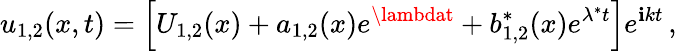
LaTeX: u_{1,2}(x,t)=\left[U_{1,2}(x)+a_{1,2}(x)e^{\lambdat}+b_{1,2}^{\ast}(x)e^{\lambda^{\ast}t}\right]e^{\mathbf{i}kt}\, ,